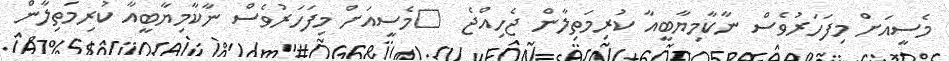
މެސީއަށް މިފަހަރުވެސް ނާކާމިޔާބީއާ ކުރިމަތިލާން ޖެހިއްޖެ  	މެސީއަށް މިފަހަރުވެސް ނާކާމިޔާބީއާ ކުރިމަތިލާން